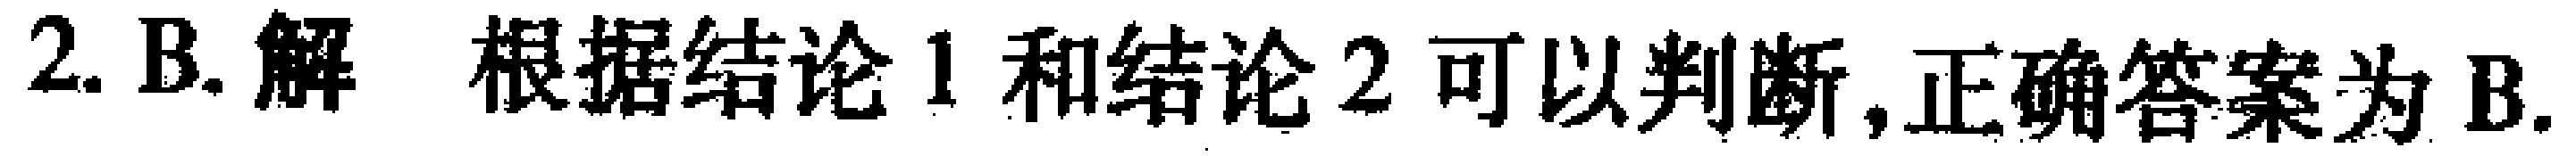
2. B. 解 根据结论 1 和结论 2 可以判断,正确答案为 B.